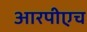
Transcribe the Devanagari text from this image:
आरपीएच